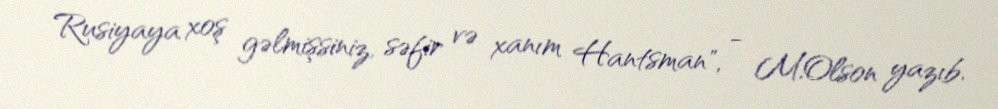
Rusiyaya xoş gəlmişsiniz, səfir və xanım Hantsman", - M.Olson yazıb.